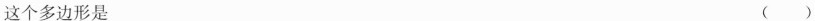
这个多边形是 （ ）